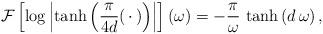
LaTeX: \begin{align*}\mathcal{F}\left[ \log \left| \tanh \left( \frac{\pi}{4d} (\, \cdot \, ) \right) \right| \right](\omega) = - \frac{\pi}{\omega} \, \tanh \left( d\, \omega \right), \end{align*}